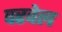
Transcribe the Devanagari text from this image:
परवेल